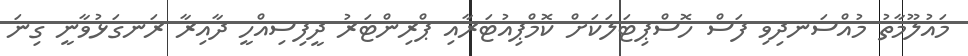
މައުލޫމާތު މުއްސަނދިވި ފަސް ހޮސްޕިޓަލަކަށް ކޮމްޕިއުޓަރާއި ޕްރިންޓަރު ދީފިސިއްހީ ދާއިރާ ރަނގަޅުވާނީ ގިނަ